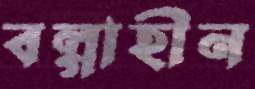
বল্গাহীন